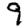
Digit: 9